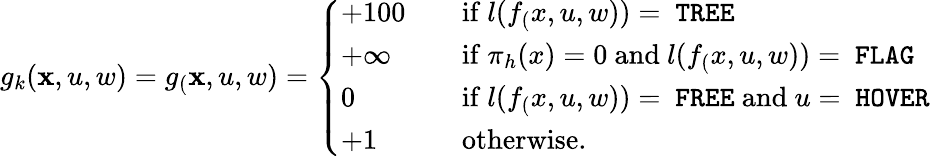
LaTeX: g_{k}(\mathbf{x},u,w)=g_(\mathbf{x},u,w)=\left\{ \begin{array}{ll}{+100\quad}&{\mathrm{if~}l(f_(x,u,w))=\mathrm{~\texttt{TREE}}}\\ {+\infty}&{\mathrm{if~}\pi_{h}(x)=0\mathrm{~and~}l(f_(x,u,w))=\mathrm{~\texttt{FLAG}}}\\ {0}&{\mathrm{if~}l(f_(x,u,w))=\mathrm{~\texttt{FREE}~and~}u=\mathrm{~\texttt{HOVER}}}\\ {+1}&{\mathrm{otherwise}.}\end{array}\right.